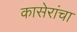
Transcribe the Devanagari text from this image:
कासेरांचा